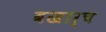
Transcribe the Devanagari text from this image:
बखार्च